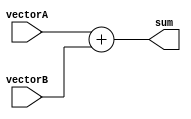
module VectorALU (
    input [7:0] vectorA,
    input [7:0] vectorB,
    output reg [7:0] sum
);

always @* begin
    sum = vectorA + vectorB;
end

endmodule